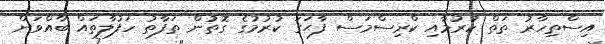
އިސްތިހާރު ތަތް ކުރުމާއި ކްރިސްމަސް ފާޙަގަ ކުރުމުގެ ގޮތުން ތަފާތު ހަފުލާތައް ބާއްވަން